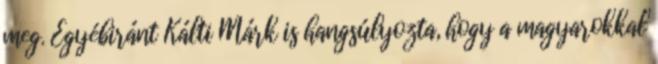
meg. Egyébiránt Kálti Márk is hangsúlyozta, hogy a magyarokkal